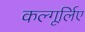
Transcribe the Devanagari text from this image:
कल्गूर्लिए